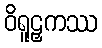
ဝိရူဠှကဿ